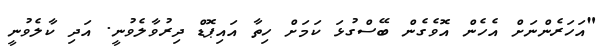
"އަހަރެންނަށް އެހެން އޮވެގެން ބޭސްގުޅަ ކަމަށް ހިތާ އައިޕޮޑް ދިރުވާލެވުނީ. އަދި ކާލެވުނީ